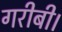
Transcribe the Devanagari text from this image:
गरीबी।